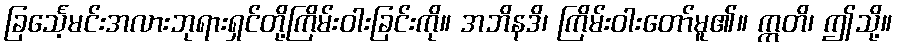
ခြင်္သေ့မင်းအလားဘုရားရှင်တို့ကြိမ်းဝါးခြင်းကို။ အဘိနဒိ၊ ကြိမ်းဝါးတော်မူ၏။ ဣတိ၊ ဤသို့။